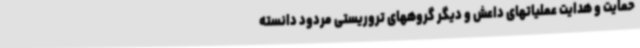
حمایت و هدایت عملیاتهای داعش و دیگر گروههای تروریستی مردود دانسته